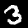
Digit: 3